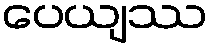
ပေယျဿ